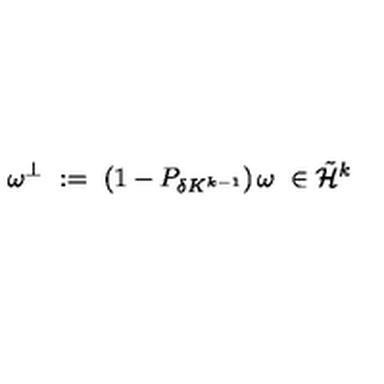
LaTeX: \omega ^ { \perp } \ : = \ \left( 1 - P _ { \delta K ^ { k - 1 } } \right) \omega \ \in \tilde { { \mathcal H } } ^ { k }